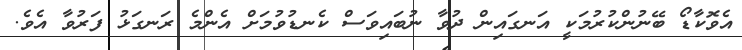
އެވޮކާޑޯ ބޭނުންކުރުމަކީ އަނގައިން ދުވާ ނުބައިވަސް ކެނޑުވުމަށް އެންމެ ރަނގަޅު ފަރުވާ އެވެ.